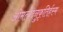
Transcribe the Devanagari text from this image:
ओमत्येदनुकृतिर्हस्म